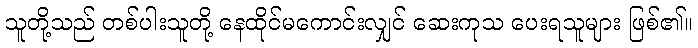
သူတို့သည် တစ်ပါးသူတို့ နေထိုင်မကောင်းလျှင် ဆေးကုသ ပေးရသူများ ဖြစ်၏။